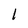
Character: 1